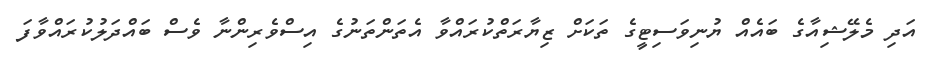
އަދި މެލޭޝިއާގެ ބައެއް ޔުނިވަސިޓީގެ ތަކަށް ޒިޔާރަތްކުރައްވާ އެތަންތަނުގެ އިސްވެރިންނާ ވެސް ބައްދަލުކުރައްވާފަ